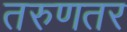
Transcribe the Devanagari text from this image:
तरुणतर